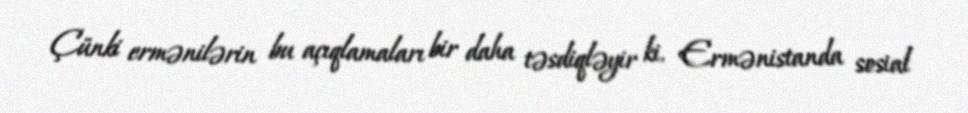
Çünki ermənilərin bu açıqlamaları bir daha təsdiqləyir ki, Ermənistanda sosial